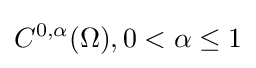
C^{0,\alpha }(\Omega ),0<\alpha \leq 1